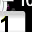
Digit: 1